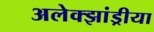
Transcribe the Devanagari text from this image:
अलेक्झांड्रीया